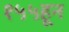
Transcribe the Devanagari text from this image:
१५५हून